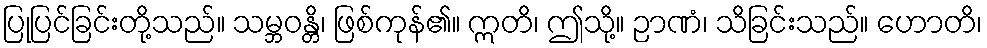
ပြုပြင်ခြင်းတို့သည်။ သမ္ဘဝန္တိ၊ ဖြစ်ကုန်၏။ ဣတိ၊ ဤသို့။ ဉာဏံ၊ သိခြင်းသည်။ ဟောတိ၊